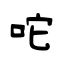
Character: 咜